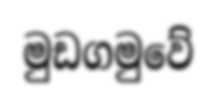
මුඩගමුවේ